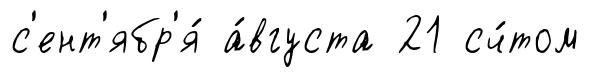
с'ент'ябр'я́ а́вгуста 21 сч́том